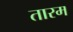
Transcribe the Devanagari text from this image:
तारम